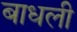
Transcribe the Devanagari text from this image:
बाधली